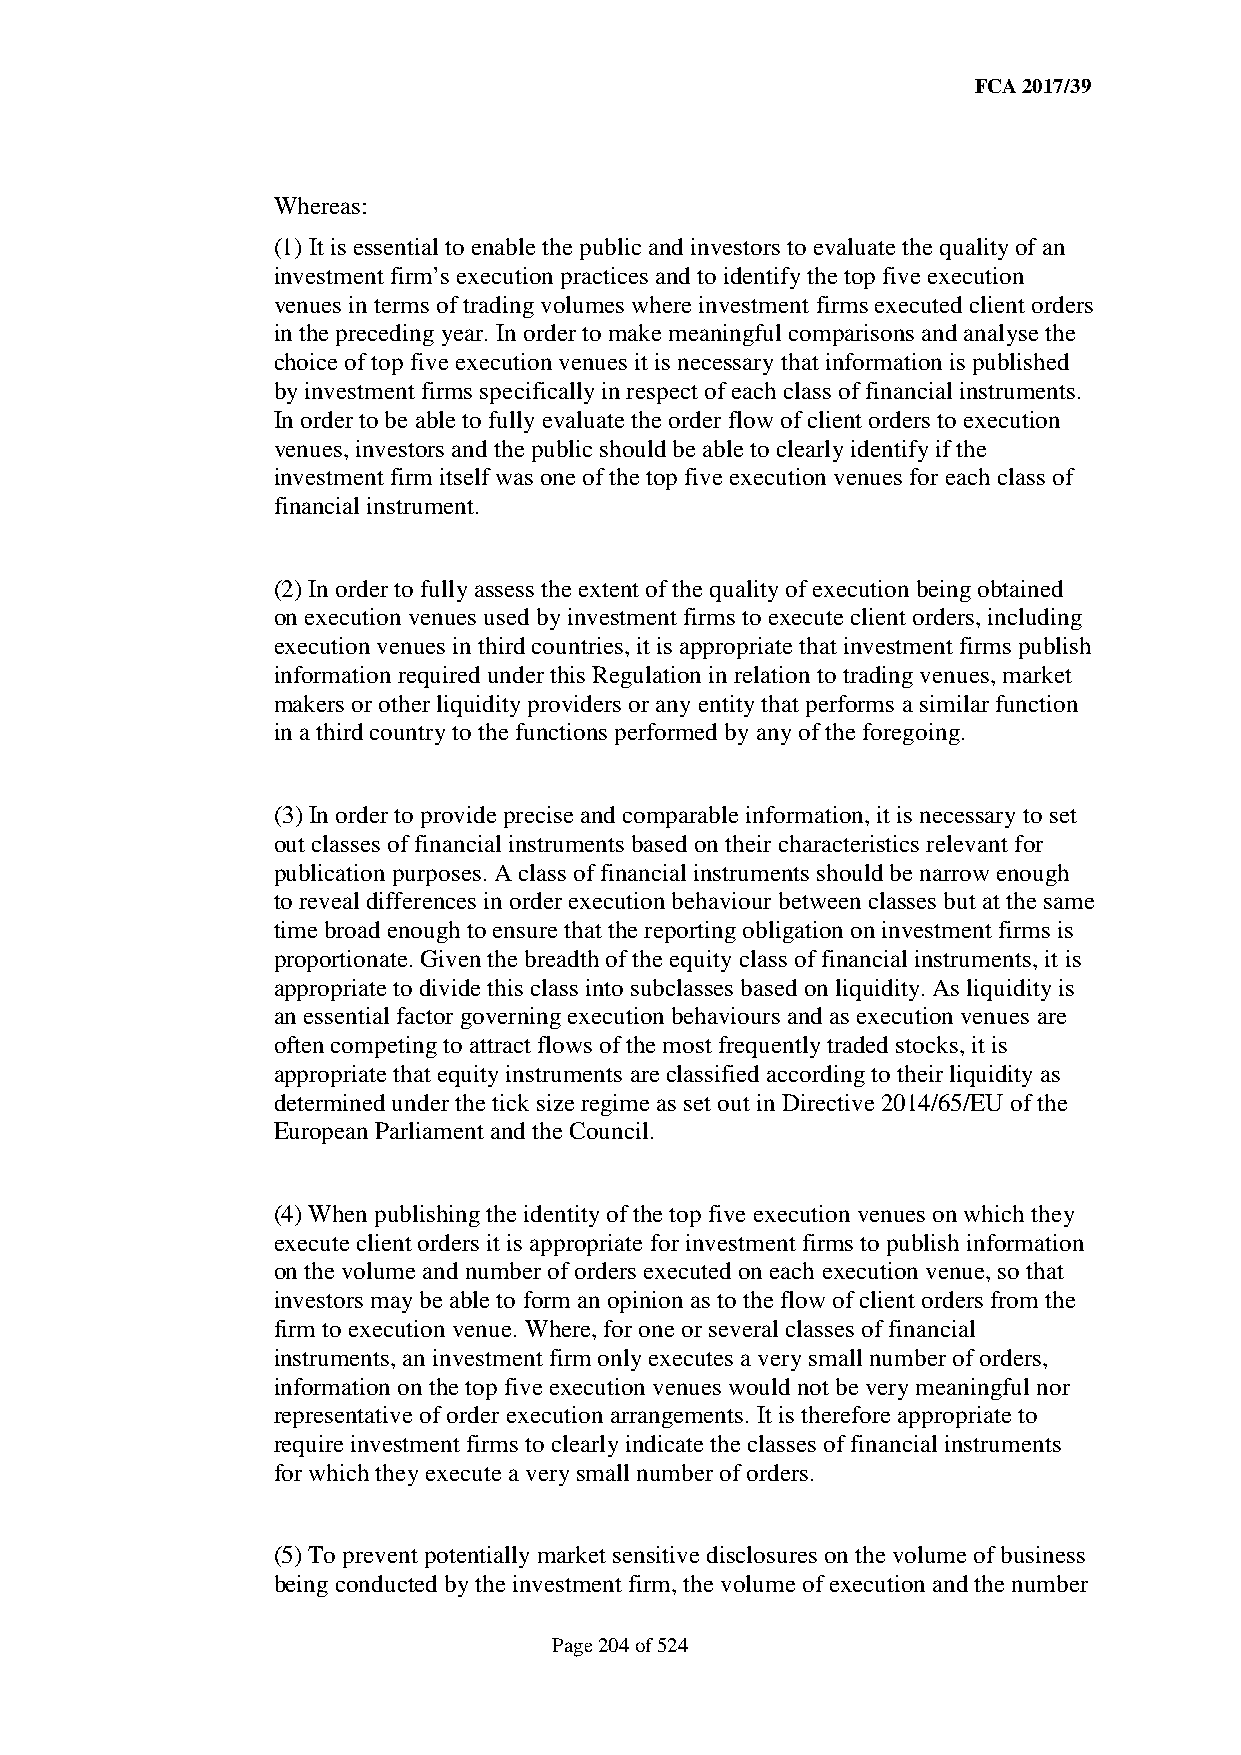
FCA 2017/39
 Whereas:
 (1) It is essential to enable the public and investors to evaluate the quality of an
 investment firm’s execution practices and to identify the top five execution
 venues in terms of trading volumes where investment firms executed client orders
 in the preceding year. In order to make meaningful comparisons and analyse the
 choice of top five execution venues it is necessary that information is published
 by investment firms specifically in respect of each class of financial instruments.
 In order to be able to fully evaluate the order flow of client orders to execution
 venues, investors and the public should be able to clearly identify if the
 investment firm itself was one of the top five execution venues for each class of
 financial instrument.
 (2) In order to fully assess the extent of the quality of execution being obtained
 on execution venues used by investment firms to execute client orders, including
 execution venues in third countries, it is appropriate that investment firms publish
 information required under this Regulation in relation to trading venues, market
 makers or other liquidity providers or any entity that performs a similar function
 in a third country to the functions performed by any of the foregoing.
 (3) In order to provide precise and comparable information, it is necessary to set
 out classes of financial instruments based on their characteristics relevant for
 publication purposes. A class of financial instruments should be narrow enough
 to reveal differences in order execution behaviour between classes but at the same
 time broad enough to ensure that the reporting obligation on investment firms is
 proportionate. Given the breadth of the equity class of financial instruments, it is
 appropriate to divide this class into subclasses based on liquidity. As liquidity is
 an essential factor governing execution behaviours and as execution venues are
 often competing to attract flows of the most frequently traded stocks, it is
 appropriate that equity instruments are classified according to their liquidity as
 determined under the tick size regime as set out in Directive 2014/65/EU of the
 European Parliament and the Council.
 (4) When publishing the identity of the top five execution venues on which they
 execute client orders it is appropriate for investment firms to publish information
 on the volume and number of orders executed on each execution venue, so that
 investors may be able to form an opinion as to the flow of client orders from the
 firm to execution venue. Where, for one or several classes of financial
 instruments, an investment firm only executes a very small number of orders,
 information on the top five execution venues would not be very meaningful nor
 representative of order execution arrangements. It is therefore appropriate to
 require investment firms to clearly indicate the classes of financial instruments
 for which they execute a very small number of orders.
 (5) To prevent potentially market sensitive disclosures on the volume of business
 being conducted by the investment firm, the volume of execution and the number
 Page 204 of 524